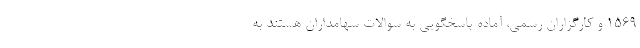
۱۵۶۹ و کارگزاران رسمی، آماده پاسخگویی به سوالات سهامداران هستند به